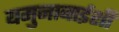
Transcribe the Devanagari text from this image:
यमुनाबाईशी